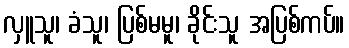
လှူသူ၊ ခံသူ၊ ပြစ်မမူ၊ ခိုင်းသူ အပြစ်ကပ်။